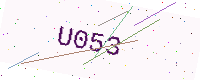
Text: U053